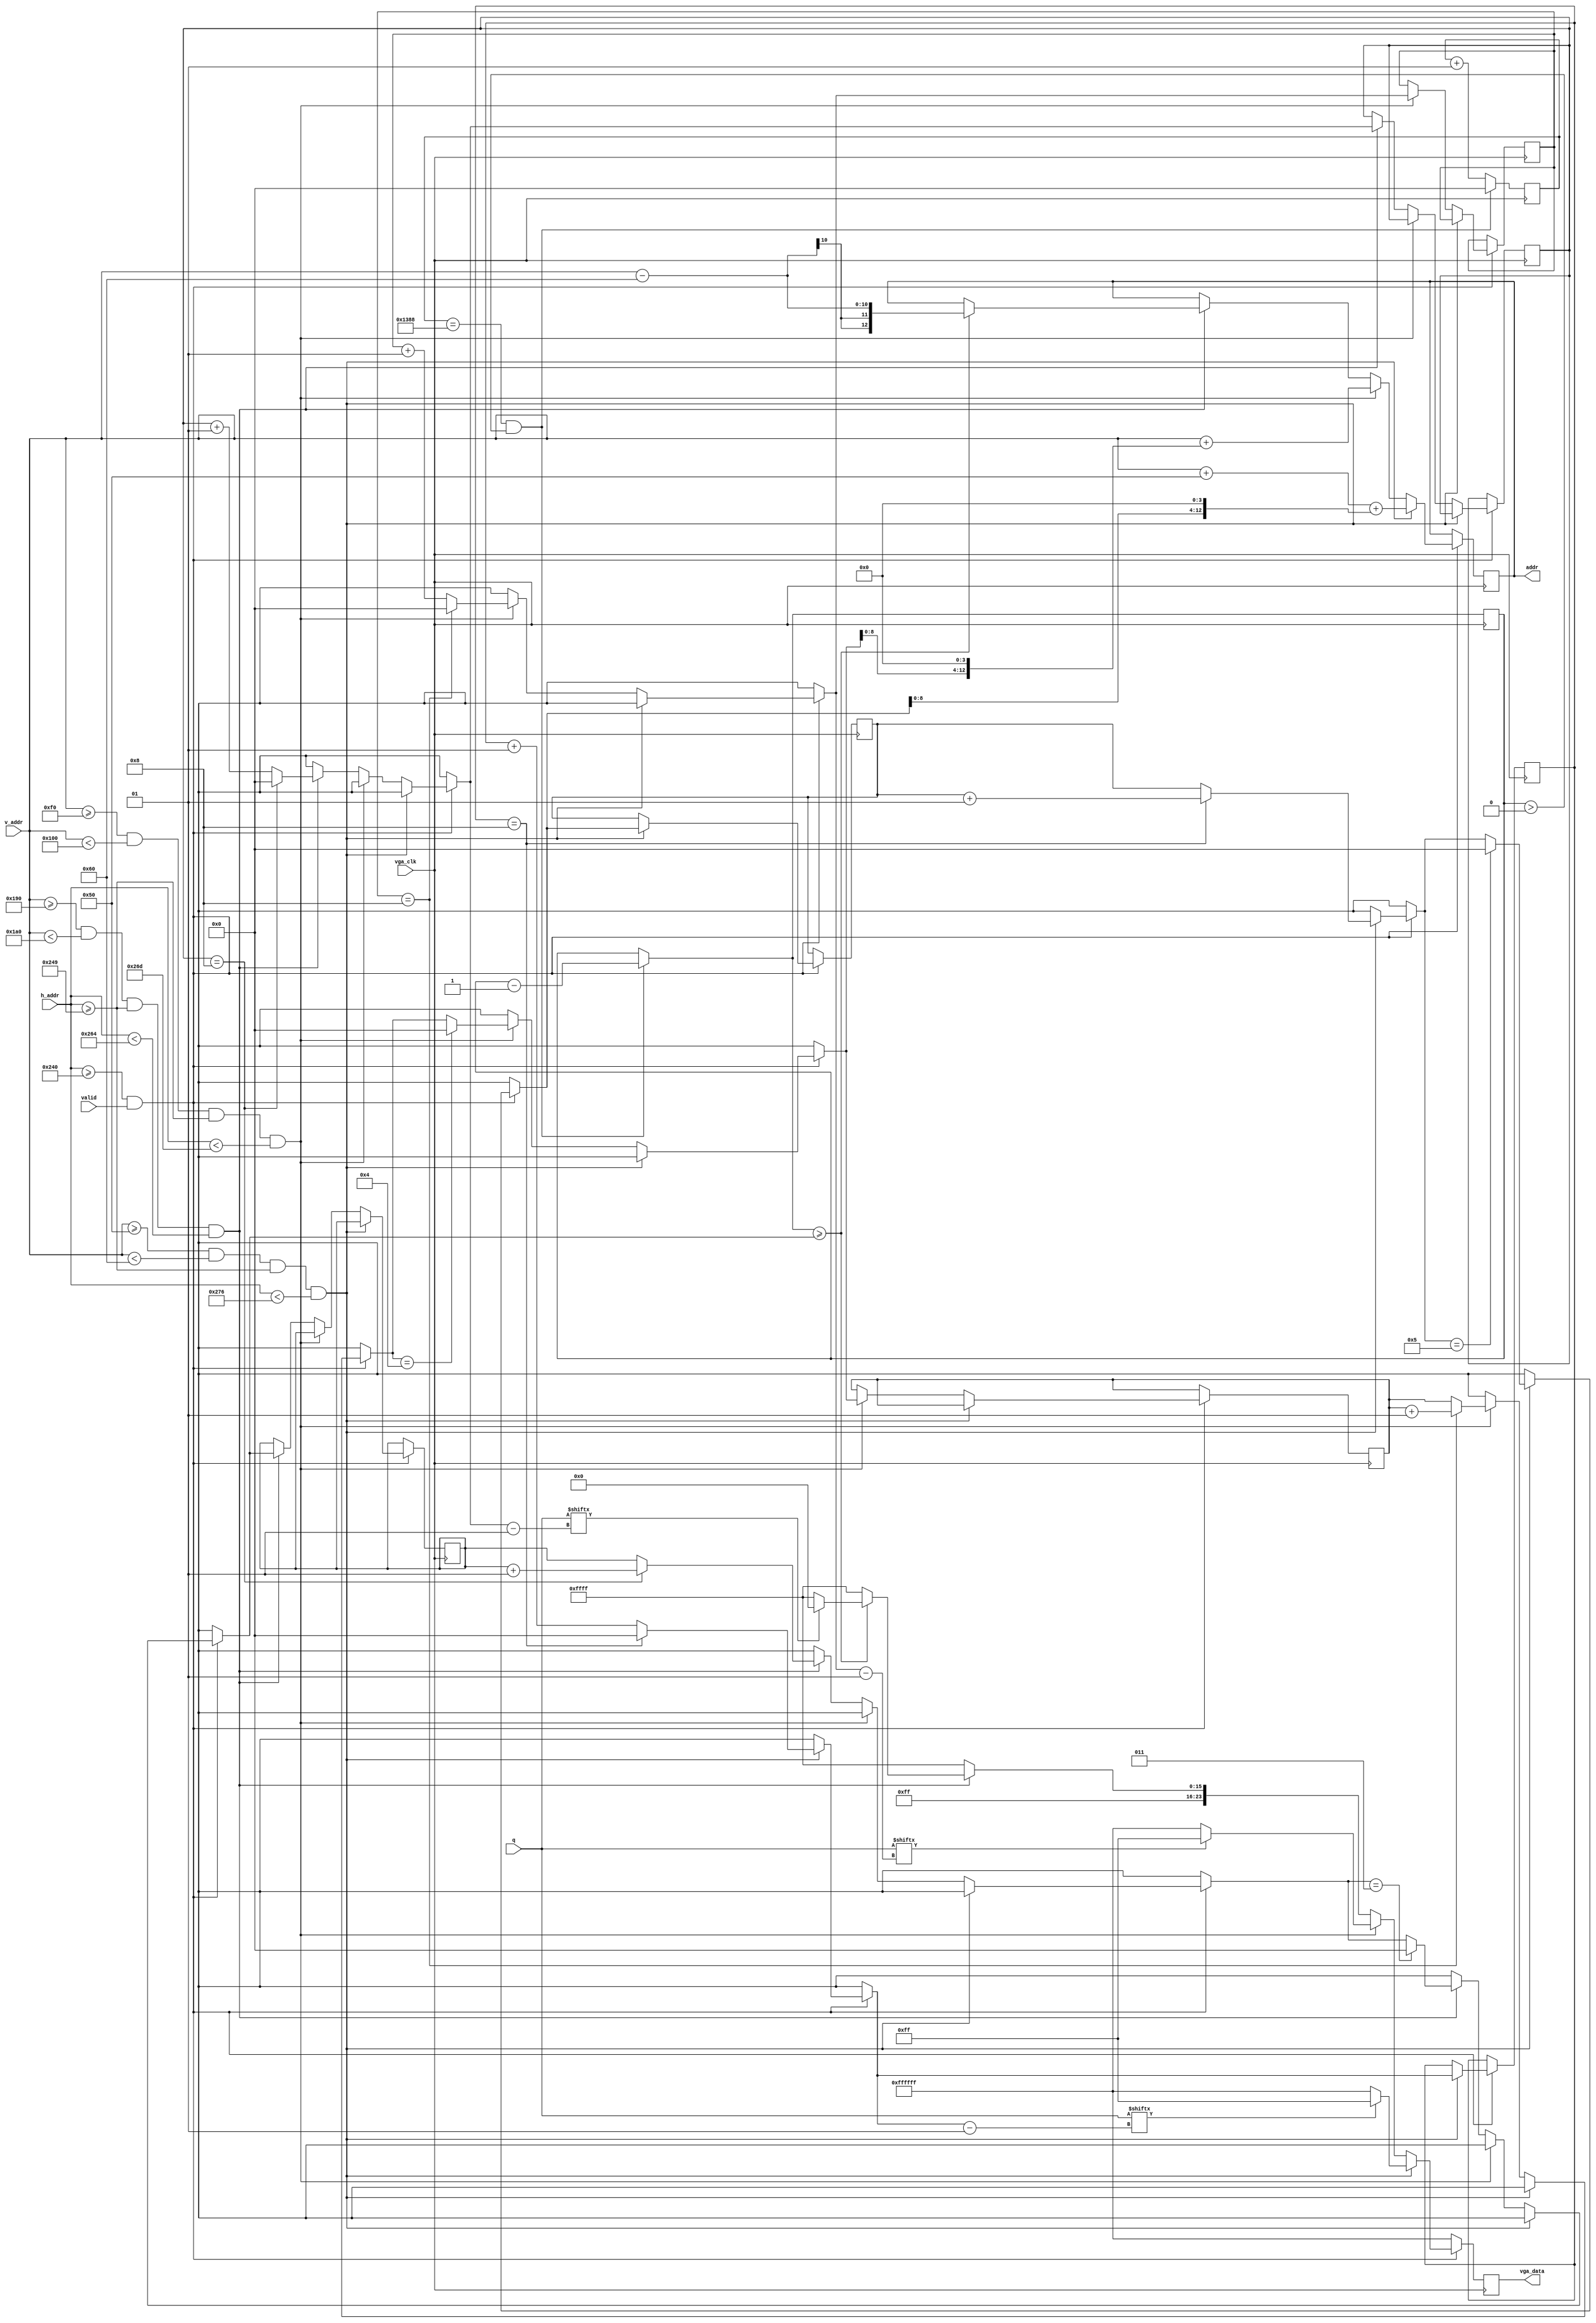
/*module vga_out(shang, colordata, valid, ascii, v_addr, h_addr, vga_clk, color, read_addr, q, vga_data);

input [23:0]colordata;
input valid;
input [7:0] ascii;
input [9:0] h_addr;
input [9:0] v_addr;
input [11:0] q;
input vga_clk;

//output reg [12:0]read_addr;
output [12:0]read_addr;
output reg [23:0]vga_data;
output reg[5:0] shang;
//output reg[2:0]color;
output [2:0]color;



//output [9:0] LEDR;
integer yushu;//9

reg[8:0] offset[63:0];
reg[8:0] offset_tmp[63:0];

reg[15:0] cnt;
//wire[10:0] speed;
//assign speed = 1024;
assign read_addr = (ascii << 4) + v_addr - offset[shang];
assign color = ascii[2:0];
//offset
	
always @(posedge vga_clk)
begin
//
	if(h_addr < 576 && valid)
	begin
		if(yushu == 8) 
		begin 
			shang = shang + 1; 
			yushu = 0;
		end
		else 
			yushu = yushu + 1;
			
		if(v_addr - offset[shang] < 16 && ascii != 0 && h_addr > 8) 
		begin
			offset_tmp[shang] = offset_tmp[shang] + 1;
			if(offset_tmp[shang] == 511)	//sudu
			begin
				offset[shang] = offset[shang] + 1;
			end
			
			if(q[yushu - 1]) 
				vga_data = colordata;
			else 
				vga_data = 24'h000000;//
		end
		else
			vga_data = 24'h000000;//
		
	end
	else
	begin
	//
		
	end
	
	
end

endmodule */
module vga_out(vga_clk,v_addr,h_addr,addr,q,valid,vga_data);//,score_h,score_l,time_h,time_l,heart);
/*input [3:0] score_h;
input [3:0] score_l;
input [3:0] time_h;
input [3:0] time_l;*/
reg [2:0] heart;
input [9:0] h_addr;
input [9:0] v_addr;
input [11:0] q;
input vga_clk;
output reg[12:0] addr;
input valid;
reg [6:0]time_count;
integer yushu1,yushu2,yushu3;
integer shang1,shang2,shang3;
output reg[23:0]vga_data;
integer cnt;

initial
begin
heart = 3;
end

always @(posedge vga_clk)
begin
	if(cnt == 5000 & heart > 0) begin cnt = 0;heart = heart - 1;end
	else cnt = cnt + 1;
	if(h_addr >= 576 & valid)
		begin
			if(v_addr >= 80 & v_addr < 96 & h_addr >= 585 & h_addr < 630)//SCORE
				begin
					if(yushu1 == 8) begin yushu1 = 0;shang1 = shang1 + 1;end
					else yushu1 = yushu1 + 1;
					if(shang1 == 5) shang1 = 0;
					addr = v_addr + 80 + (shang1 << 4); //v_addr - 80 + 160
					if(q[yushu1 - 1]) vga_data = 24'h0000FF;
					else vga_data = 24'hFFFFFF;
				end
			else if(v_addr >= 240 & v_addr < 256 & h_addr >= 585 & h_addr < 621)
				begin
					if(yushu2 == 8) begin yushu2 = 0;shang2 = shang2 + 1;end
					else yushu2 = yushu2 + 1;
					if(shang2 == 4) shang2 = 0;
					addr = v_addr + (shang2 << 4); //v_addr - 240 + 240
					if(q[yushu2 - 1]) vga_data = 24'h0000FF;
					else vga_data = 24'hFFFFFF;
				end
			else if(v_addr >= 400 & v_addr < 416 & h_addr >= 585 & h_addr < 612)
				begin
					if(yushu3 == 8) begin yushu3 = 0;shang3 = shang3 + 1;end
					else yushu3 = yushu3 + 1;
					if(shang3 == 3) shang3 = 0;
					if(heart >= shang3)
					begin
						addr = v_addr - 96;
						if(q[yushu3 - 1]) vga_data = 24'hFF0000;
						else vga_data = 24'hFFFFFF;
					end
					else vga_data = 24'hFFFFFF;
				end
			else vga_data = 24'hFFFFFF;
		end
	else
	vga_data = 24'hFFFFFF;
end
endmodule